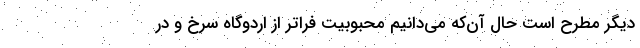
دیگر مطرح است حال آن‌که می‌دانیم محبوبیت فراتر از اردوگاه سرخ و در